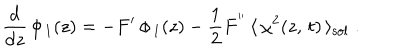
\frac { \mathrm { d } } { \mathrm { d } z } \, \phi _ { \, 1 } ( z ) = - F ^ { \prime } \, \phi _ { \, 1 } ( z ) - { \frac { 1 } { 2 } } F ^ { ' ^ { \prime } } \, \langle \, \chi ^ { 2 } ( z , \, t ) \, \rangle _ { \mathrm { s o l } } \; .